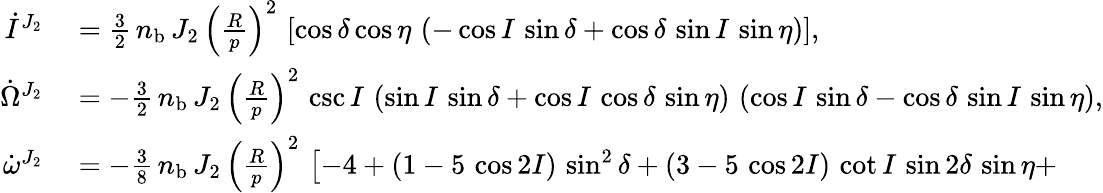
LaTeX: \begin{array}{rl}{\dot{I}^{J_{2}}}&{{}=\frac{3}{2}\, n_{\mathrm{b}}\, J_{2}\, \left(\frac{R}{p}\right)^{2}\, \left[\cos\delta\cos\eta\, \left(-\cos I\, \sin\delta+\cos\delta\, \sin I\, \sin\eta\right)\right],}\\ {\dot{\Omega}^{J_{2}}}&{{}=-\frac{3}{2}\, n_{\mathrm{b}}\, J_{2}\, \left(\frac{R}{p}\right)^{2}\, \csc I\, \left(\sin I\, \sin\delta+\cos I\, \cos\delta\, \sin\eta\right)\, \left(\cos I\, \sin\delta-\cos\delta\, \sin I\, \sin\eta\right),}\\ {\dot{\omega}^{J_{2}}}&{{}=-\frac{3}{8}\, n_{\mathrm{b}}\, J_{2}\, \left(\frac{R}{p}\right)^{2}\, \left[-4+\left(1-5\, \cos 2I\right)\, \sin^{2}\delta+\left(3-5\, \cos 2I\right)\, \cot I\, \sin 2\delta\, \sin\eta+\right.}\end{array}